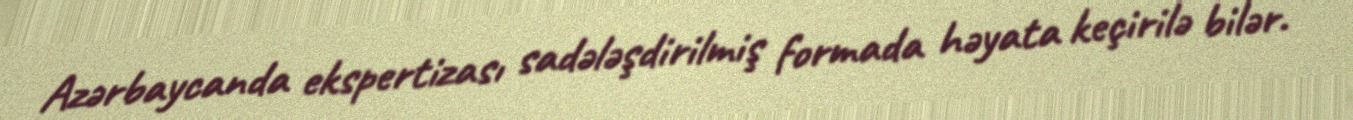
Azərbaycanda ekspertizası sadələşdirilmiş formada həyata keçirilə bilər.